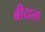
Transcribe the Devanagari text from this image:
ब्रीदाला